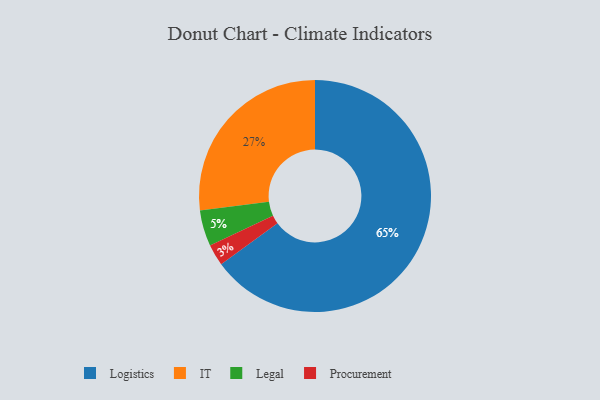
{"axis": {"x": "Category", "y": "Percentage"}, "legend": ["IT", "Legal", "Logistics", "Procurement"], "data": [{"x": "Logistics", "y": 65, "type": "Logistics"}, {"x": "IT", "y": 27, "type": "IT"}, {"x": "Procurement", "y": 3, "type": "Procurement"}, {"x": "Legal", "y": 5, "type": "Legal"}]}